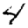
Digit: 4